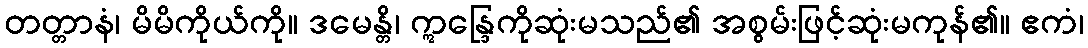
တတ္တာနံ၊ မိမိကိုယ်ကို။ ဒမေန္တိ၊ ဣန္ဒြေကိုဆုံးမသည်၏ အစွမ်းဖြင့်ဆုံးမကုန်၏။ ဧကံ၊